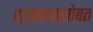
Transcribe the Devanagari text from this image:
श्रमणासोबत